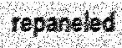
repaneled